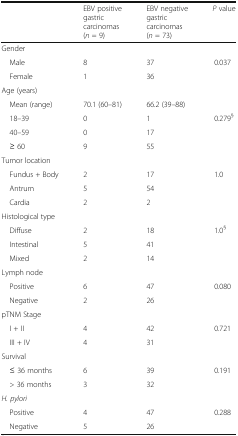
|  | EBV positive gastric carcinomas(n = 9) | EBV negative gastric carcinomas(n = 73) | P value |
 | --- | --- | --- | --- |
 | <COLSPAN=4> Gender |
 | Male | 8 | 37 | <ROWSPAN=2> 0.037 |
 | Female | 1 | 36 |
 | <COLSPAN=4> Age (years) |
 | Mean (range) | 70.1 (60–81) | 66.2 (39–88) |  |
 | 18–39 | 0 | 1 | <ROWSPAN=3> 0.279§ |
 | 40–59 | 0 | 17 |
 | ≥ 60 | 9 | 55 |
 | <COLSPAN=4> Tumor location |
 | Fundus + Body | 2 | 17 | <ROWSPAN=3> 1.0 |
 | Antrum | 5 | 54 |
 | Cardia | 2 | 2 |
 | <COLSPAN=4> Histological type |
 | Diffuse | 2 | 18 | <ROWSPAN=3> 1.0§ |
 | Intestinal | 5 | 41 |
 | Mixed | 2 | 14 |
 | <COLSPAN=4> Lymph node |
 | Positive | 6 | 47 | 0.080 |
 | Negative | 2 | 26 |  |
 | <COLSPAN=4> pTNM Stage |
 | I + II | 4 | 42 | <ROWSPAN=2> 0.721 |
 | III + IV | 4 | 31 |
 | <COLSPAN=4> Survival |
 | ≤ 36 months | 6 | 39 | <ROWSPAN=2> 0.191 |
 | > 36 months | 3 | 32 |
 | <COLSPAN=4> H. pylori |
 | Positive | 4 | 47 | 0.288 |
 | Negative | 5 | 26 |  |